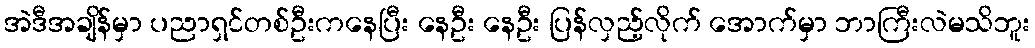
အဲဒီအချိန်မှာ ပညာရှင်တစ်ဦးကနေပြီး နေဦး နေဦး ပြန်လှည့်လိုက် အောက်မှာ ဘာကြီးလဲမသိဘူး